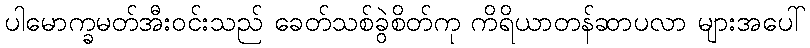
ပါမောက္ခမတ်အီးဝင်းသည် ခေတ်သစ်ခွဲစိတ်ကု ကိရိယာတန်ဆာပလာ များအပေါ်